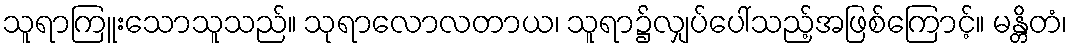
သူရာကြူးသောသူသည်။ သုရာလောလတာယ၊ သူရာ၌လျှပ်ပေါ်သည့်အဖြစ်ကြောင့်။ မန္တိတံ၊